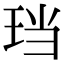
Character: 珰